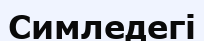
Симледегі